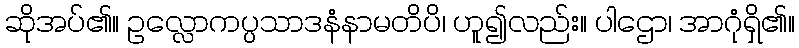
ဆိုအပ်၏။ ဥလ္လောကပ္ပသာဒနံနာမတိပိ၊ ဟူ၍လည်း။ ပါဌော၊ အာဂုံရှိ၏။